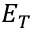
E _ { T }